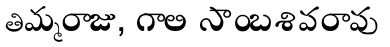
తిమ్మరాజు, గాలి సాంబశివరావు